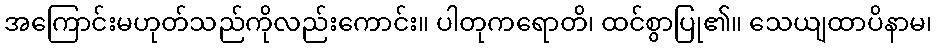
အကြောင်းမဟုတ်သည်ကိုလည်းကောင်း။ ပါတုကရောတိ၊ ထင်စွာပြု၏။ သေယျထာပိနာမ၊